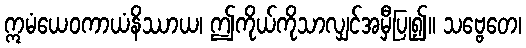
ဣမံယေဝကာယံနိဿာယ၊ ဤကိုယ်ကိုသာလျှင်အမှီပြု၍။ သဗ္ဗေတေ၊